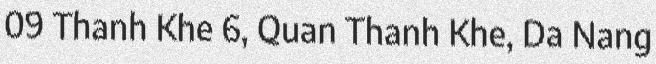
09 Thanh Khe 6, Quan Thanh Khe, Da Nang